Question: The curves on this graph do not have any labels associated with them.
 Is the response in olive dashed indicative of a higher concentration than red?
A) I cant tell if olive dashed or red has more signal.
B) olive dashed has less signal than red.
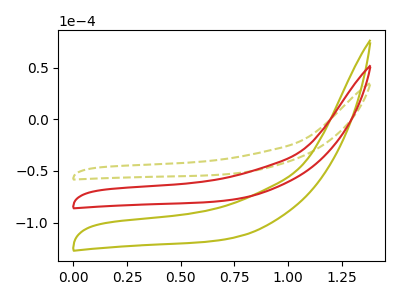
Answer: <think>The olive dashed curve "olive dashed" has no peaks. The olive curve "olive" has no peaks. The red curve "red" has no peaks.
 Neither "olive dashed" or "red" have any peaks.</think>
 <answer>A) I cant tell if "olive dashed" or "red" has more signal.</answer>
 <eval>A</eval>